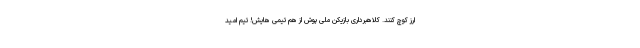
ارز کوچ کنند. کلاهبرداری بازیکن ملی‌ پوش از هم‌ تیمی‌ هایش! تیم امید